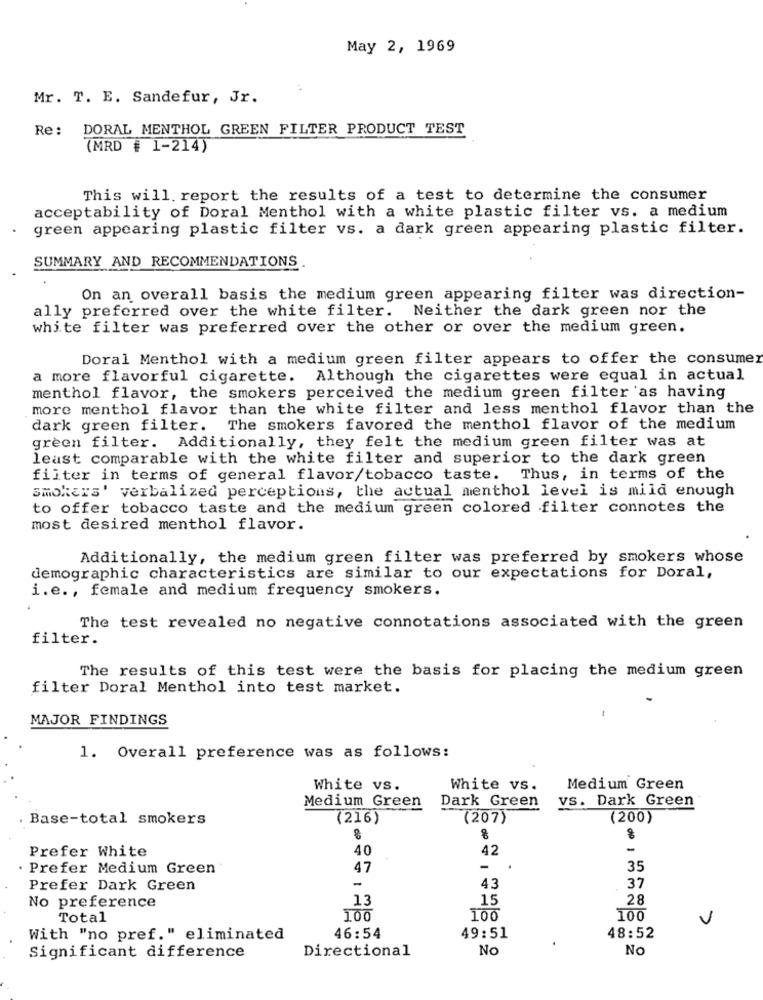
May 2, 1969
Mr. T. E. Sandefur, Jr.
Re :
DORAL MENTHOL GREEN FILTER PRODUCT TEST
(MRD # 1-214)
This will. report the results of a test to determine the consumer
acceptability of Doral Menthol with a white plastic filter vs. a medium
green appearing plastic filter vs. a dark green appearing plastic filter.
SUMMARY AND RECOMMENDATIONS.
On an overall basis the medium green appearing filter was direction-
ally preferred over the white filter. Neither the dark green nor the
white filter was preferred over the other or over the medium green.
Doral Menthol with a medium green filter appears to offer the consumer
a more flavorful cigarette. Although the cigarettes were equal in actual
menthol flavor, the smokers perceived the medium green filter as having
more menthol flavor than the white filter and less menthol flavor than the
dark green filter. The smokers favored the menthol flavor of the medium
green filter. Additionally, they felt the medium green filter was at
least comparable with the white filter and superior to the dark green
filter in terms of general flavor/tobacco taste. Thus, in terms of the
smokers' verbalized perceptions, the actual menthol level is mild enough
to offer tobacco taste and the medium green colored filter connotes the
most desired menthol flavor.
Additionally, the medium green filter was preferred by smokers whose
demographic characteristics are similar to our expectations for Doral,
i.e ., female and medium frequency smokers.
The test revealed no negative connotations associated with the green
filter.
The results of this test were the basis for placing the medium green
filter Doral Menthol into test market.
MAJOR FINDINGS
1. Overall preference was as follows:
White vs.
White vs.
Medium Green
Medium Green
Dark Green
vs. Dark Green
Base-total smokers
(216)
(207)
(200)
Prefer White
40
42
-
Prefer Medium Green
47
-
35
-
37
Prefer Dark Green
43
13
15
28
No preference
Total
100
100
100
With "no pref." eliminated
46:54
49:51
48:52
Directional
No
NO
Significant difference